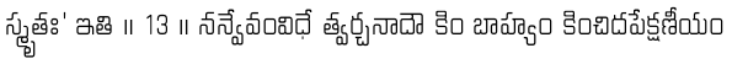
స్మృతః' ఇతి ॥ 13 ॥ నన్వేవంవిధే త్వర్చనాదౌ కిం బాహ్యం కించిదపేక్షణీయం